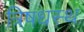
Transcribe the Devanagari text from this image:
त्रिषधस्थ